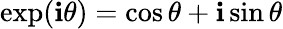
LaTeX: \exp(\mathbf{i}\theta)=\cos\theta+\mathbf{i}\sin\theta